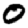
Digit: 0